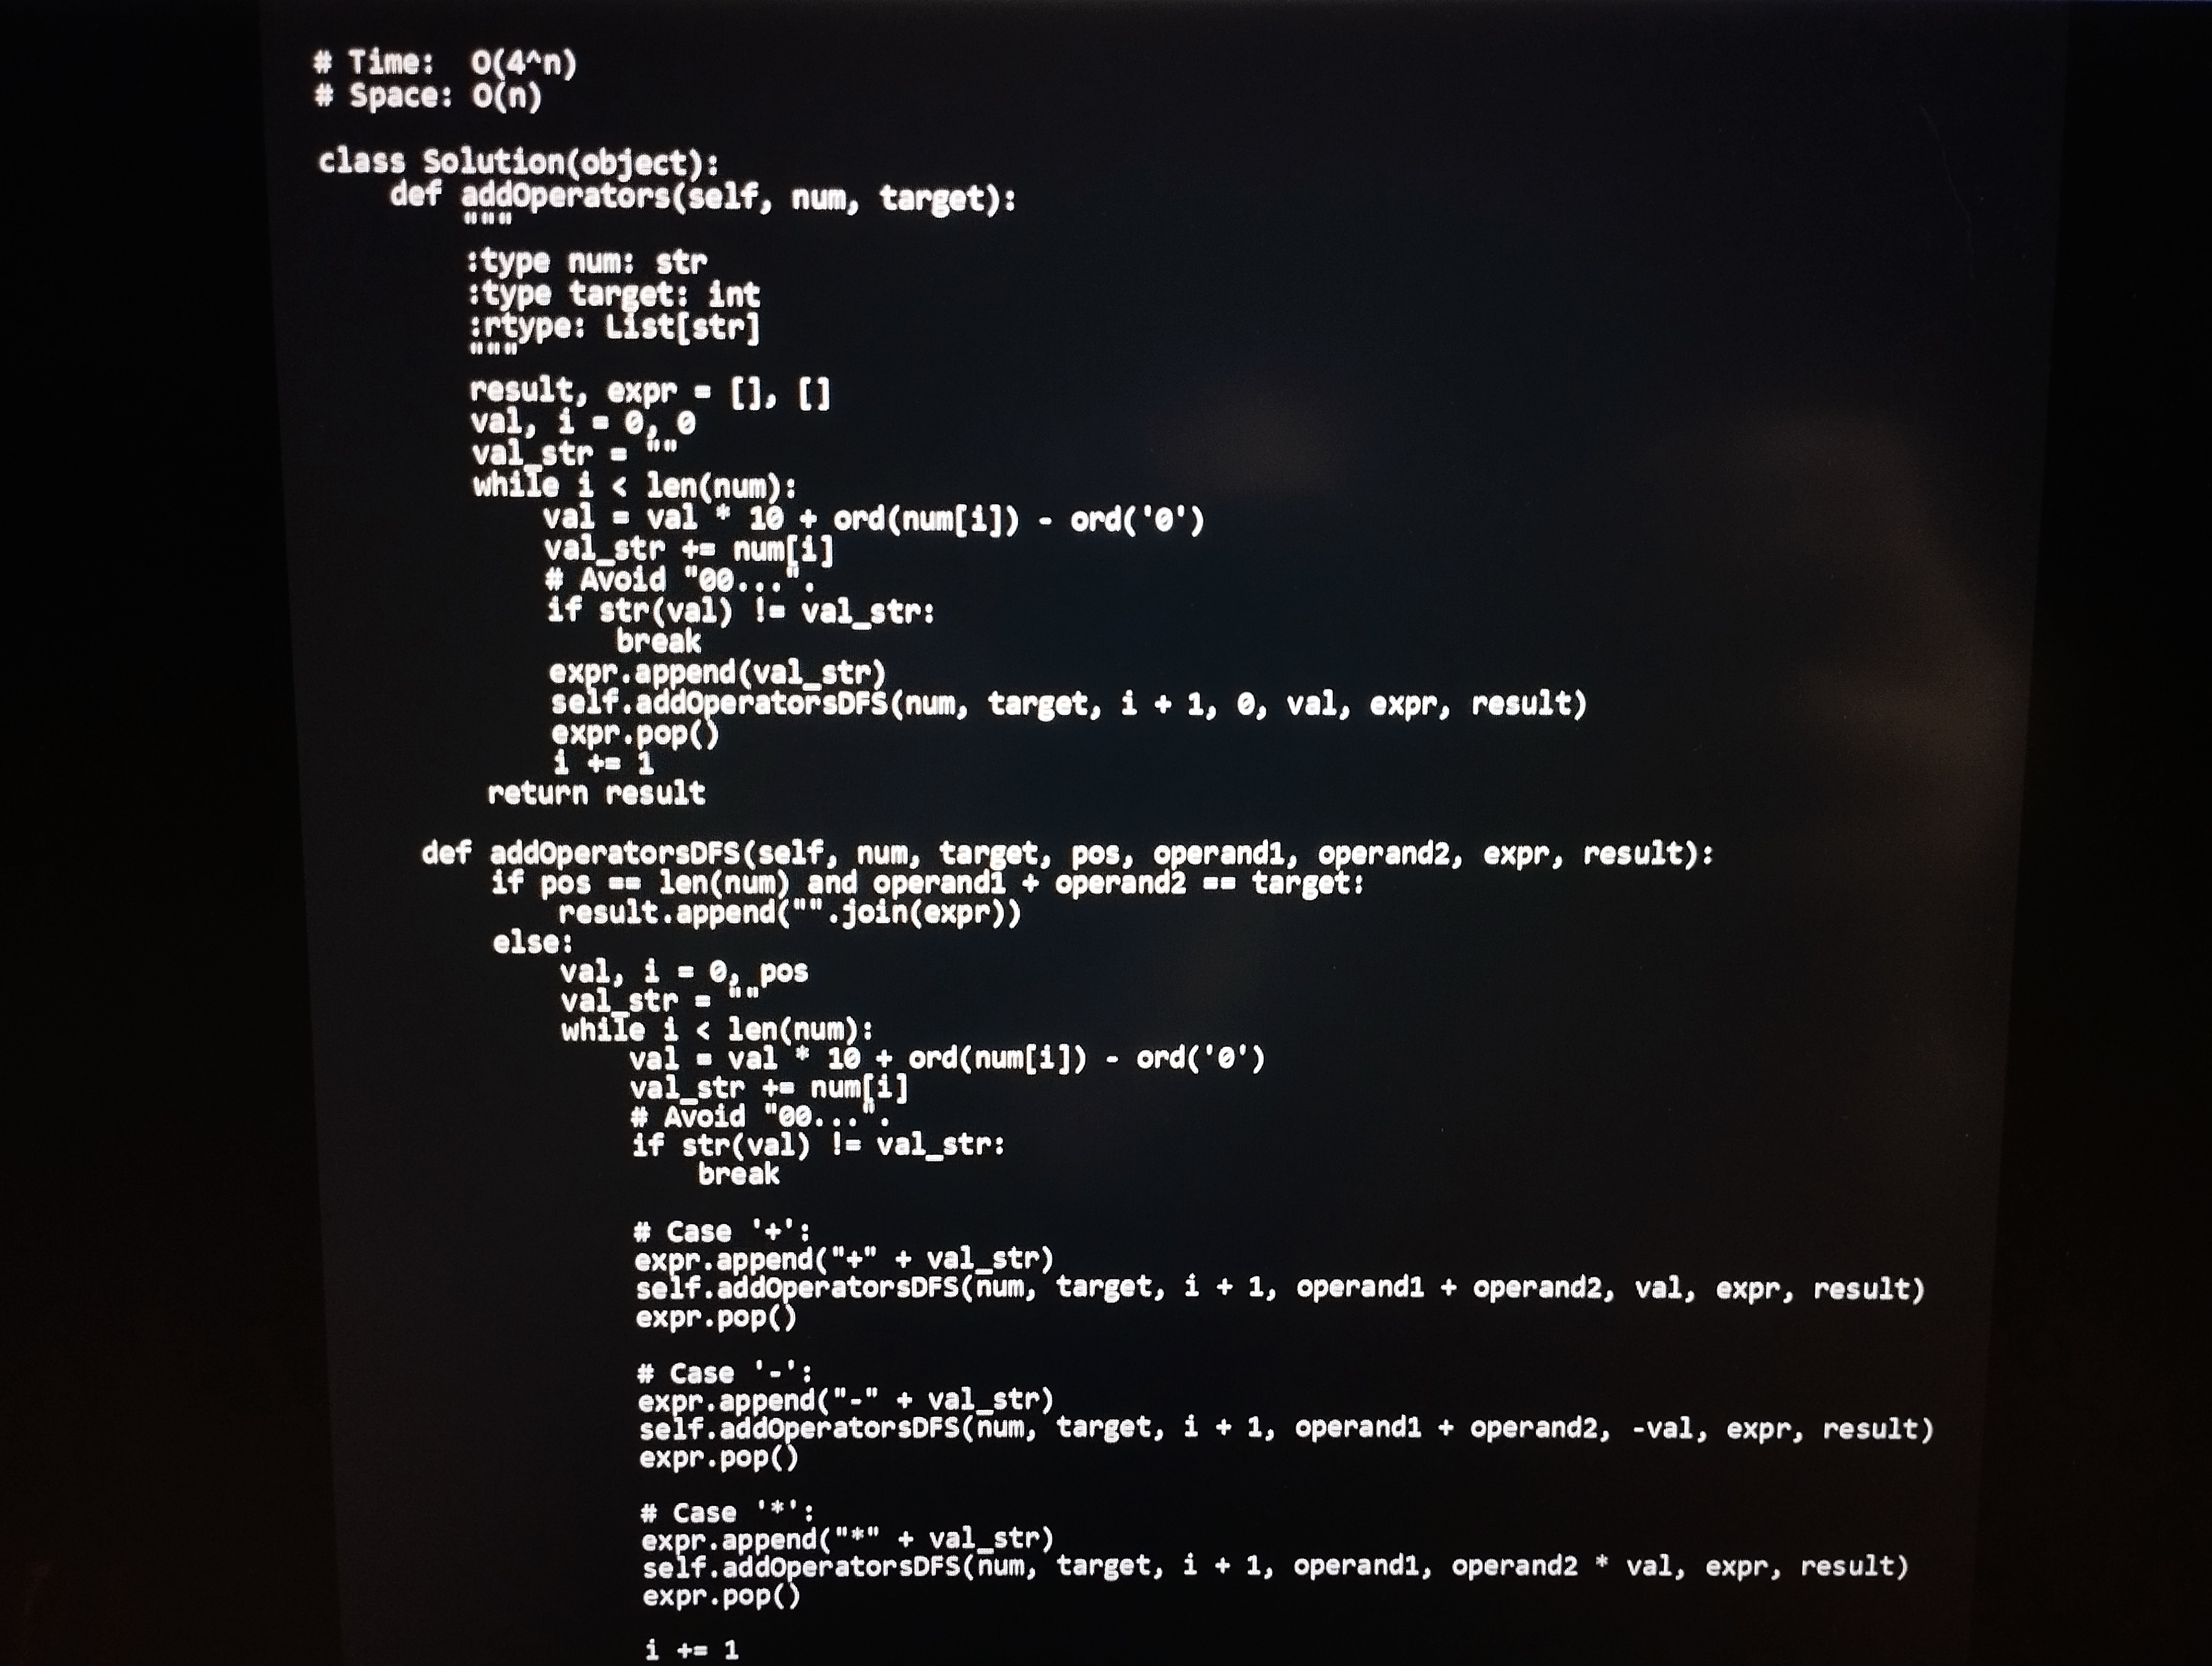
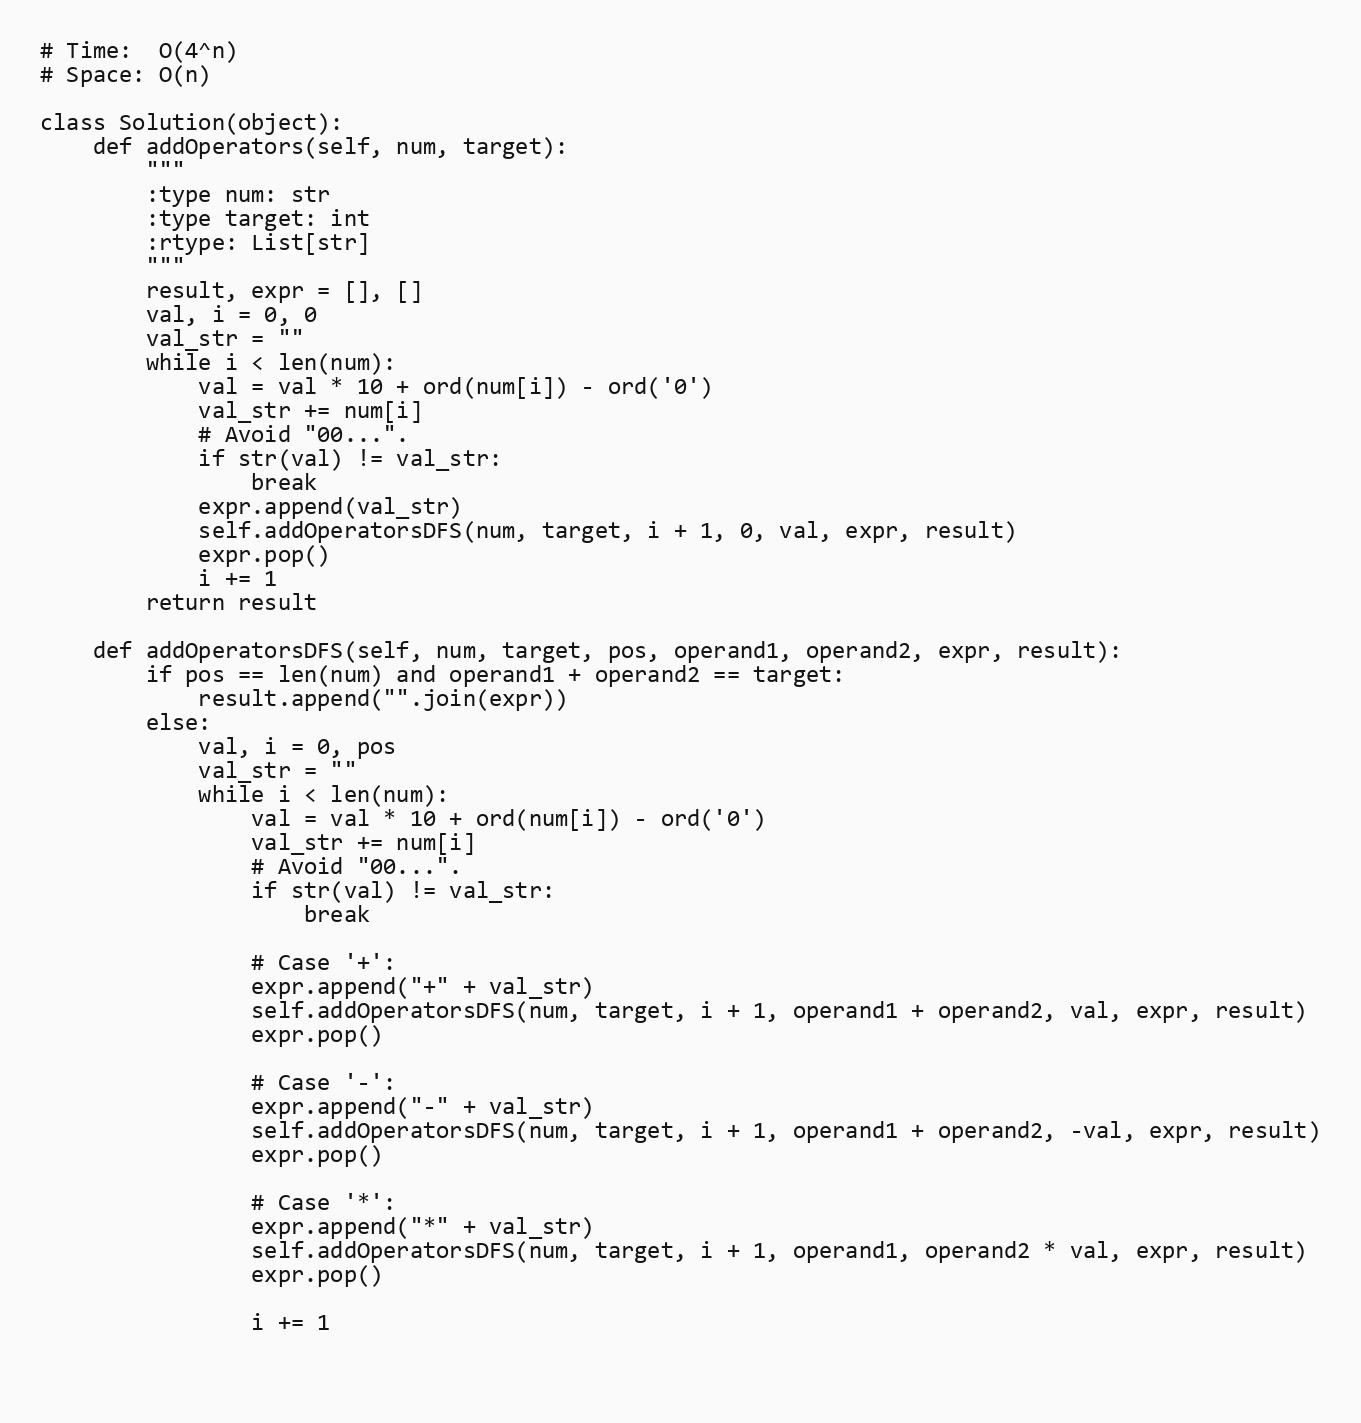
# Time:  O(4^n)
# Space: O(n)

class Solution(object):
    def addOperators(self, num, target):
        """
        :type num: str
        :type target: int
        :rtype: List[str]
        """
        result, expr = [], []
        val, i = 0, 0
        val_str = ""
        while i < len(num):
            val = val * 10 + ord(num[i]) - ord('0')
            val_str += num[i]
            # Avoid "00...".
            if str(val) != val_str:
                break
            expr.append(val_str)
            self.addOperatorsDFS(num, target, i + 1, 0, val, expr, result)
            expr.pop()
            i += 1
        return result

    def addOperatorsDFS(self, num, target, pos, operand1, operand2, expr, result):
        if pos == len(num) and operand1 + operand2 == target:
            result.append("".join(expr))
        else:
            val, i = 0, pos
            val_str = ""
            while i < len(num):
                val = val * 10 + ord(num[i]) - ord('0')
                val_str += num[i]
                # Avoid "00...".
                if str(val) != val_str:
                    break

                # Case '+':
                expr.append("+" + val_str)
                self.addOperatorsDFS(num, target, i + 1, operand1 + operand2, val, expr, result)
                expr.pop()

                # Case '-':
                expr.append("-" + val_str)
                self.addOperatorsDFS(num, target, i + 1, operand1 + operand2, -val, expr, result)
                expr.pop()

                # Case '*':
                expr.append("*" + val_str)
                self.addOperatorsDFS(num, target, i + 1, operand1, operand2 * val, expr, result)
                expr.pop()

                i += 1